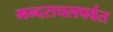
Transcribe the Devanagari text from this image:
मन्दराचलपर्वत